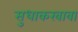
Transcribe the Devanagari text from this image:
सुधाकरबाबा